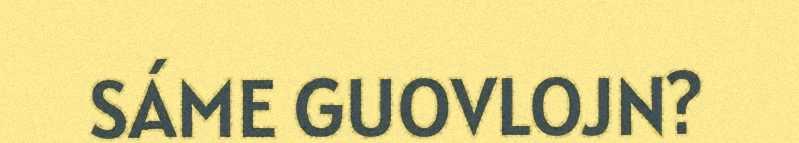
SÁME GUOVLOJN?